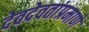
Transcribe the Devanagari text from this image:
देवदेवतांप्रमाणे